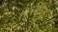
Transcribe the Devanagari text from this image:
विनयाद्याति